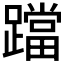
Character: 𨆉